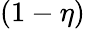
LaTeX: (1-\eta)